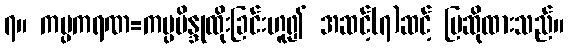
၇။ ကပ္ပကရဏ=ကပ္ပဗိန္ဒုထိုးခြင်းဟူ၍ အဆင့်(၇)ဆင့် ပြဆိုထားသည်။